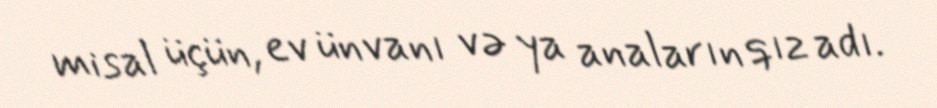
misal üçün, ev ünvanı və ya anaların qız adı.